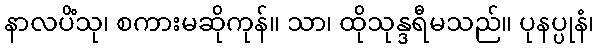
နာလပိံသု၊ စကားမဆိုကုန်။ သာ၊ ထိုသုန္ဒရီမသည်။ ပုနပ္ပုနံ၊